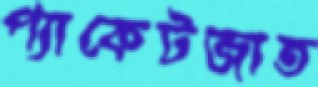
প্যাকেটজাত